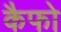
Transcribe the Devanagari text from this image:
कैफो